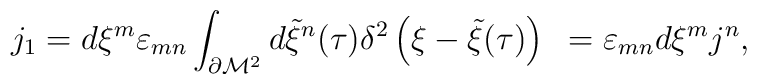
j_1 = d\xi^{m} \varepsilon_{mn} \int_{\partial {\cal M}^{2}}d{\tilde \xi}^{n} (\tau )\delta^{2} \left( \xi - {\tilde \xi} (\tau )\right)~=\varepsilon_{mn} d\xi^{m} j^{n}, \qquad